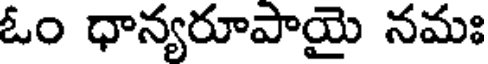
ఓం ధాన్యరూపాయై నమః